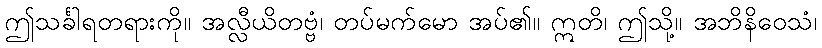
ဤသင်္ခါရတရားကို။ အလ္လီယိတဗ္ဗံ၊ တပ်မက်မော အပ်၏။ ဣတိ၊ ဤသို့။ အဘိနိဝေသံ၊